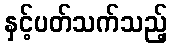
နှင့်ပတ်သက်သည့်